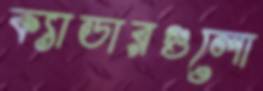
ক্যাডারগুলো